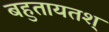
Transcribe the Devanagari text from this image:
बहुतायतश्